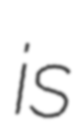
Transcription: is